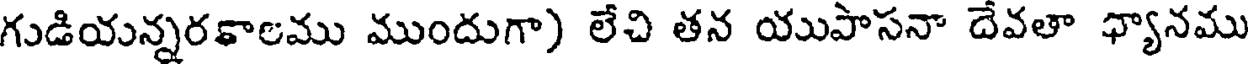
గుడియన్నరకాలము ముందుగా) లేచి తన యుపాసనా దేవతా ధ్యానము